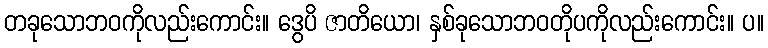
တခုသောဘဝကိုလည်းကောင်း။ ဒွေပိ ဇာတိယော၊ နှစ်ခုသောဘဝတိုပကိုလည်းကောင်း။ ပ။